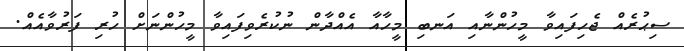
ސިޙުރެއް ޖެހިފައިވާ މީހުންނާއި އަނބި މީހާއާ އެއްދާން ނުކުރެވިފައިވާ މީހުންނަށް ހުރި ފަރުވާއެއް.